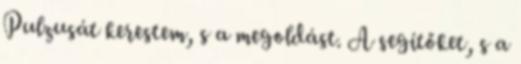
Pulzusát kerestem, s a megoldást. A segítőket, s a